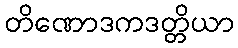
တိဏောဒကဒတ္တိယာ